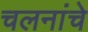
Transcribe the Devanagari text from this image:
चलनांचे